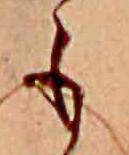
も